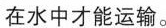
在水中才能运输。